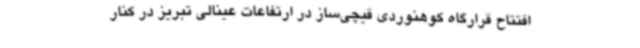
افتتاح قرارگاه کوهنوردی قیچی‌ساز در ارتفاعات عینالی تبریز در کنار